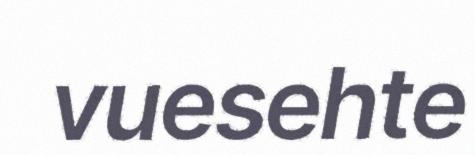
vuesehte